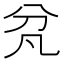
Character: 𭃓